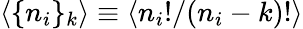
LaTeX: \langle\lbrace n_{i}\rbrace_{k}\rangle\equiv\langle n_{i}!/(n_{i}-k)!\rangle